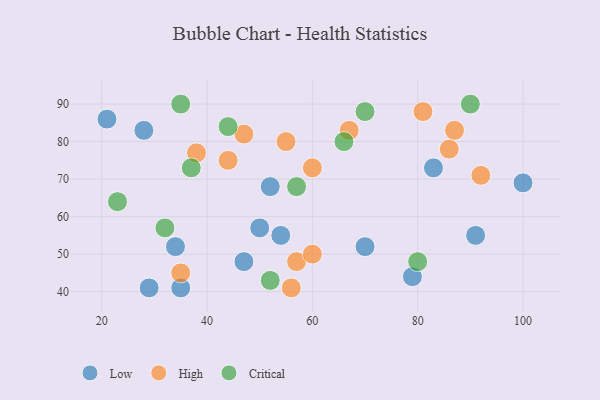
{"axis": {"x": "GDP", "y": "Life Expectancy"}, "legend": ["Critical", "High", "Low"], "data": [{"x": "21", "y": 86, "type": "Low"}, {"x": "70", "y": 52, "type": "Low"}, {"x": "29", "y": 41, "type": "Low"}, {"x": "28", "y": 83, "type": "Low"}, {"x": "35", "y": 41, "type": "Low"}, {"x": "100", "y": 69, "type": "Low"}, {"x": "52", "y": 68, "type": "Low"}, {"x": "79", "y": 44, "type": "Low"}, {"x": "83", "y": 73, "type": "Low"}, {"x": "54", "y": 55, "type": "Low"}, {"x": "34", "y": 52, "type": "Low"}, {"x": "47", "y": 48, "type": "Low"}, {"x": "50", "y": 57, "type": "Low"}, {"x": "91", "y": 55, "type": "Low"}, {"x": "56", "y": 41, "type": "High"}, {"x": "67", "y": 83, "type": "High"}, {"x": "47", "y": 82, "type": "High"}, {"x": "44", "y": 75, "type": "High"}, {"x": "57", "y": 48, "type": "High"}, {"x": "86", "y": 78, "type": "High"}, {"x": "81", "y": 88, "type": "High"}, {"x": "92", "y": 71, "type": "High"}, {"x": "55", "y": 80, "type": "High"}, {"x": "60", "y": 73, "type": "High"}, {"x": "60", "y": 50, "type": "High"}, {"x": "35", "y": 45, "type": "High"}, {"x": "87", "y": 83, "type": "High"}, {"x": "38", "y": 77, "type": "High"}, {"x": "32", "y": 57, "type": "Critical"}, {"x": "70", "y": 88, "type": "Critical"}, {"x": "66", "y": 80, "type": "Critical"}, {"x": "57", "y": 68, "type": "Critical"}, {"x": "35", "y": 90, "type": "Critical"}, {"x": "80", "y": 48, "type": "Critical"}, {"x": "90", "y": 90, "type": "Critical"}, {"x": "23", "y": 64, "type": "Critical"}, {"x": "44", "y": 84, "type": "Critical"}, {"x": "52", "y": 43, "type": "Critical"}, {"x": "37", "y": 73, "type": "Critical"}]}